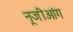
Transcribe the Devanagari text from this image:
नूजीआंग